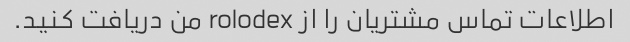
اطلاعات تماس مشتریان را از rolodex من دریافت کنید.